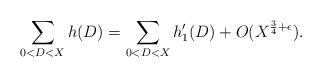
LaTeX: \begin{align*}\sum_{0<D<X} h(D) = \sum_{0<D<X} h_1'(D) + O(X^{\frac{3}{4} + \epsilon}).\end{align*}